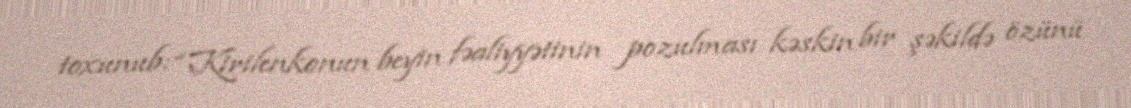
toxunub: “Kirilenkonun beyin fəaliyyətinin pozulması kəskin bir şəkildə özünü